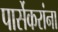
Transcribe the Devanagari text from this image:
पार्सेकरांना